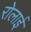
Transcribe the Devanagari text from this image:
रोलाई